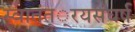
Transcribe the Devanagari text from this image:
स्वातंत््रयसंघर्ष